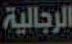
الرجالية